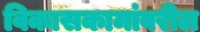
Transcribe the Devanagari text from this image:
विकासकामांवरील